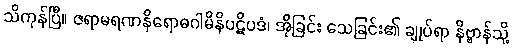
သိကုန်ပြီ။ ဇရာမရဏနိရောဓဂါမိနိပဋိပဒံ၊ အိုခြင်း သေခြင်း၏ ချုပ်ရာ နိဗ္ဗာန်သို့